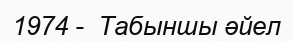
1974 -  Табыншы әйел